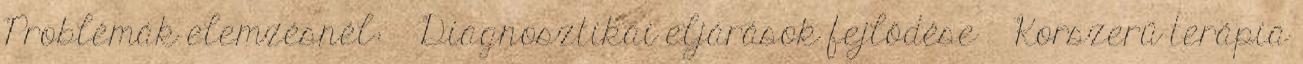
Problémák elemzésnél: › Diagnosztikai eljárások fejlődése › Korszerű terápia